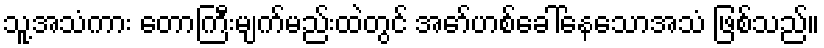
သူ့အသံကား တောကြီးမျက်မည်းထဲတွင် အော်ဟစ်ခေါ်နေသောအသံ ဖြစ်သည်။